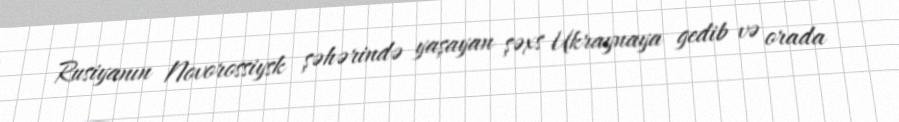
Rusiyanın Novorossiysk şəhərində yaşayan şəxs Ukraynaya gedib və orada